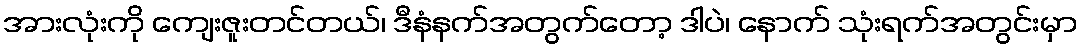
အားလုံးကို ကျေးဇူးတင်တယ်၊ ဒီနံနက်အတွက်တော့ ဒါပဲ၊ နောက် သုံးရက်အတွင်းမှာ